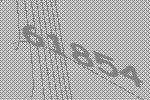
61854